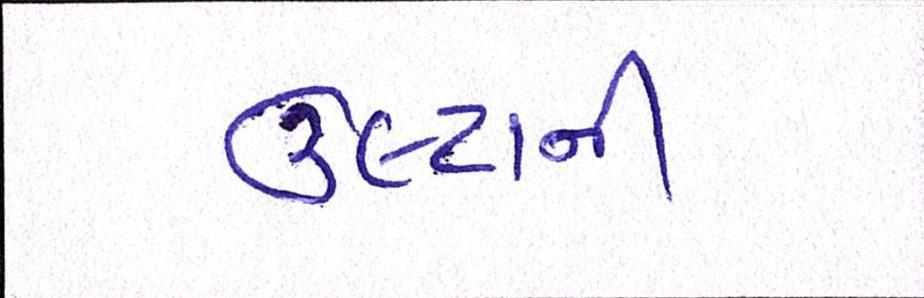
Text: ઉલ્ટાની